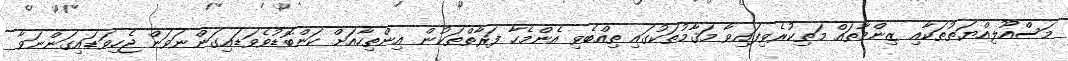
މަސްއޫލިއްޔަތުތަކާއި ޒިންމާތައް މަތިކުރެވިފައިވާ މަޤާމުތަކުގައި ތިއްބެވި އެންމެހާ ފަރާތްތަކުން އިންތިހާއަށް ކަންބޮޑުވެވަޑައިގަންނަވަން ޖެހިވަޑައިގަންނަވާ